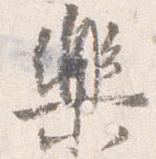
楽